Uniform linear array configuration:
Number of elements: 4
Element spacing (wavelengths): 0.5
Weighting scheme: hamming
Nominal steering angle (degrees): -60
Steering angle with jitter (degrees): -60.421
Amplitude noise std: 0.05
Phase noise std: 0.05

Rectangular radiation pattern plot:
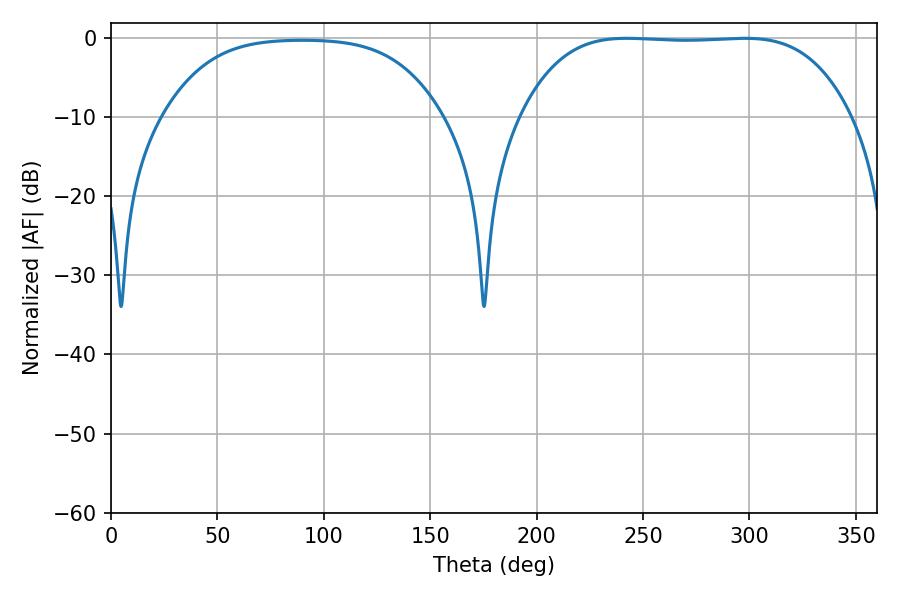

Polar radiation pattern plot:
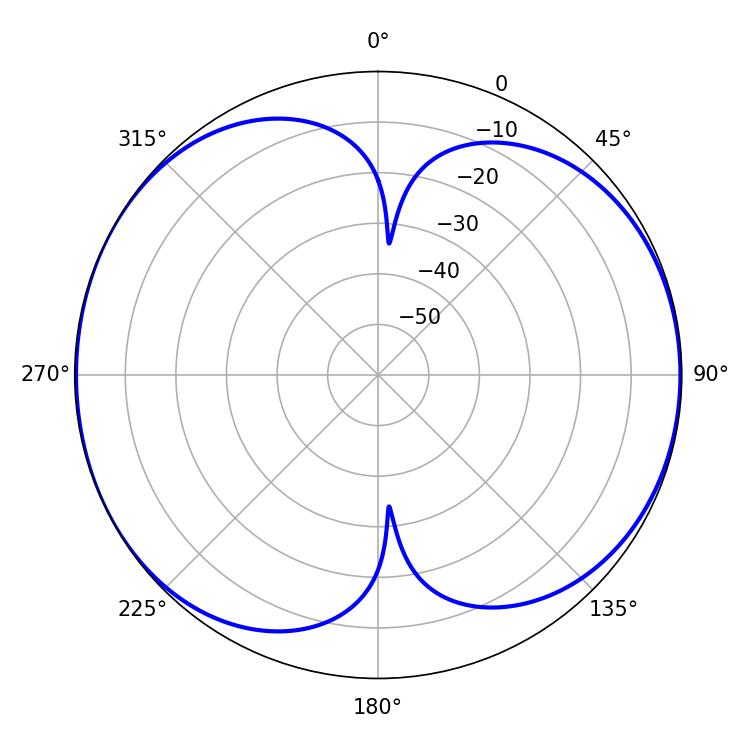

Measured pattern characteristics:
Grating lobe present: FALSE
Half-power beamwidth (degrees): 120.24
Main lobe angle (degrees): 242.28